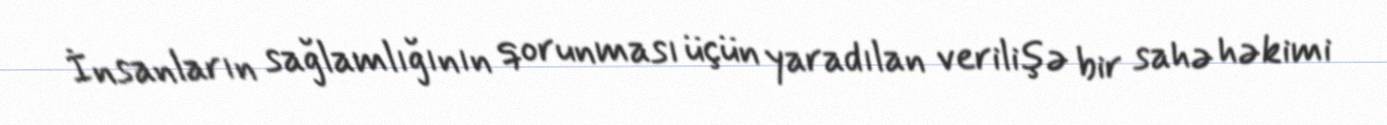
İnsanların sağlamlığının qorunması üçün yaradılan verilişə bir sahə həkimi